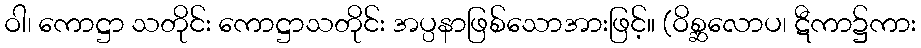
ဝါ၊ ကောဋ္ဌာ သတိုင်း ကောဋ္ဌာသတိုင်း အပ္ပနာဖြစ်သောအားဖြင့်။ (ဝိစ္ဆလောပ၊ ဋီကာ၌ကား